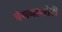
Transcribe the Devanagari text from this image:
चंगनाश्शेरी